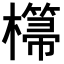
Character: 𣞂